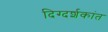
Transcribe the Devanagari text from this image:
दिग्दर्शकांत